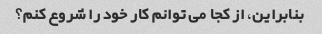
بنابراین، از کجا می توانم کار خود را شروع کنم؟